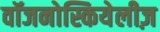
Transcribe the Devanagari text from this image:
वॉजनोस्कियेलीज़